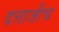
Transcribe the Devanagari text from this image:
दत्ताजीच